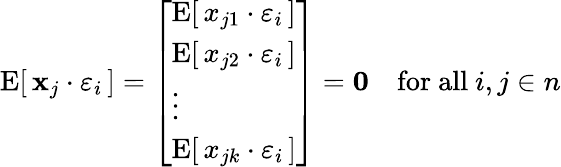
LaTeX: \operatorname{E}[\, \mathbf{x}_{j}\cdot\varepsilon_{i}\, ]={\left[\begin{array}{l}{\operatorname{E}[\, {x}_{j1}\cdot\varepsilon_{i}\, ]}\\ {\operatorname{E}[\, {x}_{j2}\cdot\varepsilon_{i}\, ]}\\ {\vdots}\\ {\operatorname{E}[\, {x}_{jk}\cdot\varepsilon_{i}\, ]}\end{array}\right]}=\mathbf{0}\quad{\mathrm{for~all~}}i,j\in n